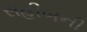
સહીબની